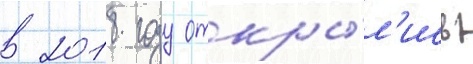
в 2018 году откры́л'ись